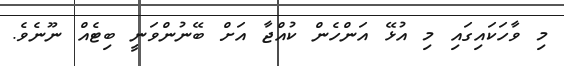
މި ވާހަކައިގައި މި އުޅޭ އަންހެން ކުއްޖާ އަށް ބޭނުންވަނީ ބިޓެއް ނޫނެވެ.